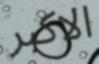
الاكبر